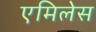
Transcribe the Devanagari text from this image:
एमिलेस